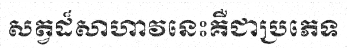
សត្វដ៏សាហាវនេះគឺជាប្រភេទ